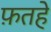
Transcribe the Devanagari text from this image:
फ़तहे